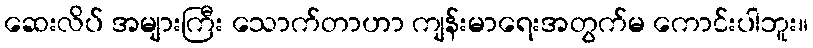
ဆေးလိပ် အများကြီး သောက်တာဟာ ကျန်းမာရေးအတွက်မ ကောင်းပါဘူး။